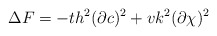
\begin{align*}\Delta F=-th^{2}(\partial c)^{2}+vk^{2}(\partial \chi)^{2}\end{align*}